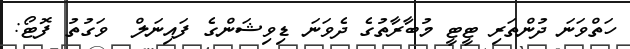
ހަތްވަނަ ދުންތަރި ޓީޓީ މުބާރާތުގެ ދެވަނަ ޑިވިޝަންގެ ފައިނަލް  ވަގުތު ފޮޓޯ: